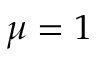
\mu = 1